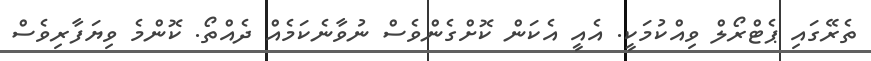
ތެރޭގައި ޕެޓްރޯލް ވިއްކުމަކީ. އެއީ އެކަން ކޮށްގެންވެސް ނުވާނެކަމެއް ދެއްތޯ. ކޮންމެ ވިޔަފާރިވެސް